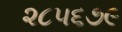
૨૮૫૬૭૯